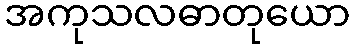
အကုသလဓာတုယော